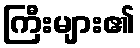
ကြီးများ၏